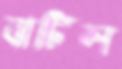
বাটিল